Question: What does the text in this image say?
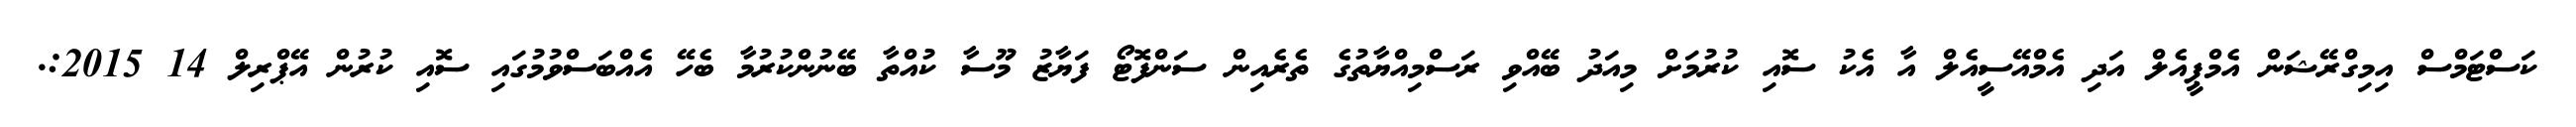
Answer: ކަސްޓަމްސް އިމިގްރޭޝަން އެމްޕީއެލް އަދި އެމްއޭސީއެލް އާ އެކު ސޮއި ކުރުމަށް މިއަދު ބޭއްވި ރަސްމިއްޔާތުގެ ތެރެއިން ސަންފޮޓޯ ފަޔާޒު މޫސާ ކުއްތާ ބޭނުންކުރުމާ ބެހޭ އެއްބަސްވުމުގައި ސޮއި ކުރުން އޭޕްރިލް 14 2015:.